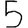
Digit: 5